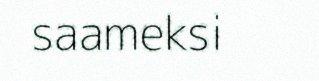
saameksi